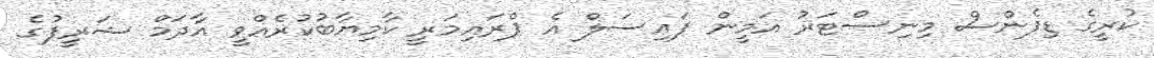
ކުރީގެ ޑިފެންސް މިނިސްޓަރު އަމީން ފައިސަލް އެ ޕްރައިމަރީ ކާމިޔާބުކުރެއްވީ އާދަމް ޝަރީފުގެ